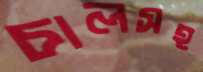
চালসহ